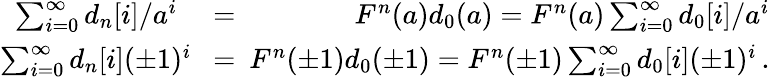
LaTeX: \begin{array}{rlr}{\sum_{i=0}^{\infty}d_{n}[i]/a^{i}}&{{}=}&{F^{n}(a)d_{0}(a)=F^{n}(a)\sum_{i=0}^{\infty}d_{0}[i]/a^{i}}\\ {\sum_{i=0}^{\infty}d_{n}[i](\pm 1)^{i}\! \! \! }&{{}=}&{\! \! \! F^{n}(\pm 1)d_{0}(\pm 1)=F^{n}(\pm 1)\sum_{i=0}^{\infty}d_{0}[i](\pm 1)^{i}\, .}\end{array}